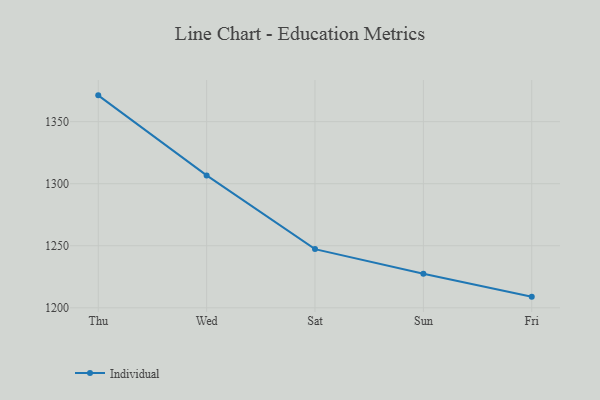
{"axis": {"x": "Day", "y": "Gross Profit (USD K)"}, "legend": ["Individual"], "data": [{"x": "Thu", "y": 1371.2, "type": "Individual"}, {"x": "Wed", "y": 1306.7, "type": "Individual"}, {"x": "Sat", "y": 1247.3, "type": "Individual"}, {"x": "Sun", "y": 1227.4, "type": "Individual"}, {"x": "Fri", "y": 1209.0, "type": "Individual"}]}